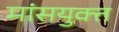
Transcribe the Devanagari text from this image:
मांसयुक्त